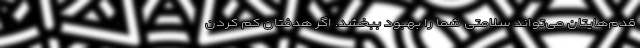
قدم‌هایتان می‌تواند سلامتی شما را بهبود ببخشد. اگر هدفتان کم کردن